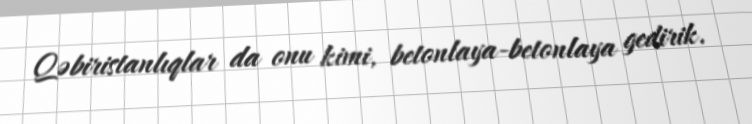
Qəbiristanlıqlar da onu kimi, betonlaya-betonlaya gedirik.